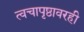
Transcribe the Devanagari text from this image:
त्वचापृष्ठावरही